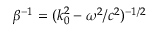
\beta ^ { - 1 } = ( k _ { 0 } ^ { 2 } - \omega ^ { 2 } / c ^ { 2 } ) ^ { - 1 / 2 }